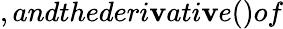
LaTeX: ,andthederi\mathbf{v}ati\mathbf{v}e()of